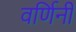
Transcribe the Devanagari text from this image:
वर्णिनी